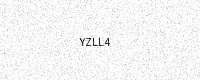
Text: YZLL4